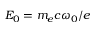
E _ { 0 } = m _ { e } c \omega _ { 0 } / e